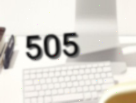
505